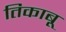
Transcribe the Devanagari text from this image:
तिकाबू